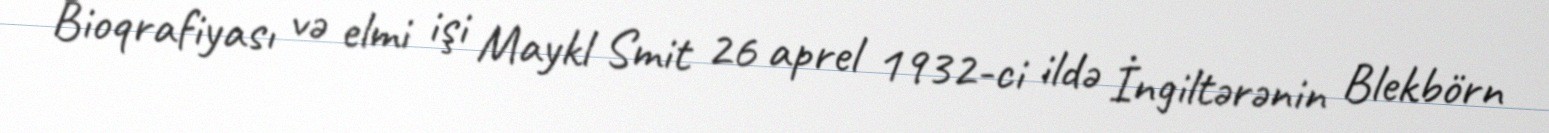
Bioqrafiyası və elmi işi Maykl Smit 26 aprel 1932-ci ildə İngiltərənin Blekbörn